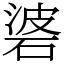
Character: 碆